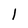
Character: l